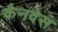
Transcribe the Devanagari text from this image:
कैनवेस